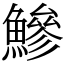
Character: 鰺